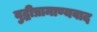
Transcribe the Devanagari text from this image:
बुद्धीप्रामाण्यवाद